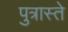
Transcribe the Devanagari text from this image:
पुत्रास्ते